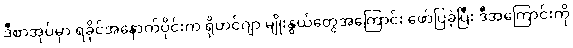
ဒီစာအုပ်မှာ ရခိုင်အနောက်ပိုင်းက ရိုဟင်ဂျာ မျိုးနွယ်တွေအကြောင်း ဖော်ပြခဲ့ပြီး ဒီအကြောင်းကို